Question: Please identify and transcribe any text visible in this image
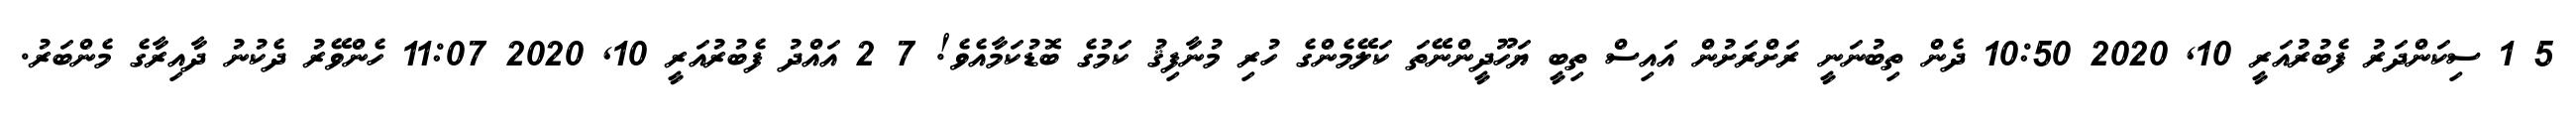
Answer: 5 1 ސިކަންދަރު ފެބުރުއަރީ 10, 2020 10:50 ދެން ތިބުނަނީ ރަށްރަށުން އައިސް ތިބީ ޔަހޫދީންނޭތަ ކަލޭމެންގެ ހުރި މުނާފިޤު ކަމުގެ ބޮޑުކަމާއެވެ! 7 2 އައްދު ފެބުރުއަރީ 10, 2020 11:07 ހެންވޭރު ދެކުނު ދާއިރާގެ މެންބަރު.